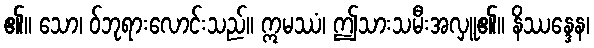
၏။ သော၊ ဝ်ဘုရားလောင်းသည်။ ဣမဿံ၊ ဤသားသမီးအလှူ၏။ နိဿန္ဒေန၊